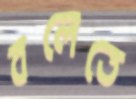
বলেতে